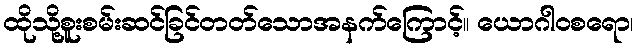
ထိုသို့စူးစမ်းဆင်ခြင်တတ်သောအနက်ကြောင့်။ ယောဂါဝစရော၊